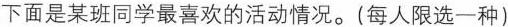
下面是某班同学最喜欢的活动情况。(每人限选一种)